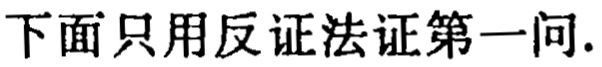
下面只用反证法证第一问.